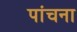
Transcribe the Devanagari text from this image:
पांचना